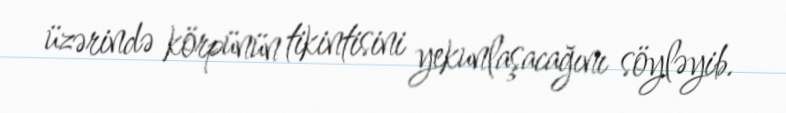
üzərində körpünün tikintisini yekunlaşacağını söyləyib.